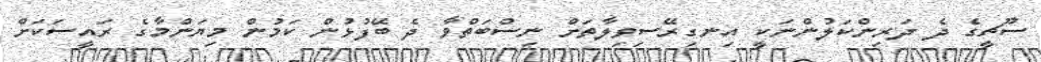
ސޫޗީގެ ދެ ދަރިންކަލުންނަކީ އިނގިރޭސިވިލާތަށް ނިސްބަތްވާ ދެ ބޭފުޅުން ކަމުން މިޔަންމާގެ ރައީސަކަށް